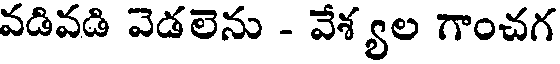
వడివడి వెడలెను - వేశ్యల గాంచగ